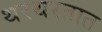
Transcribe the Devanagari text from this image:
थरथरतात